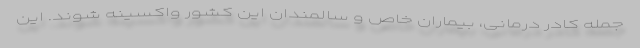
جمله کادر درمانی، بیماران خاص و سالمندان این کشور واکسینه شوند. این